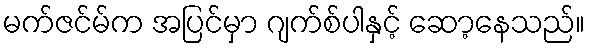
မက်ဇင်မ်က အပြင်မှာ ဂျက်စ်ပါနှင့် ဆော့နေသည်။